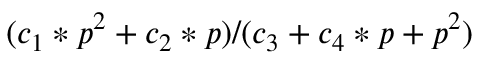
( c _ { 1 } * p ^ { 2 } + c _ { 2 } * p ) / ( c _ { 3 } + c _ { 4 } * p + p ^ { 2 } )